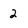
Character: 2